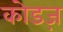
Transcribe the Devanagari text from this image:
कोडज़